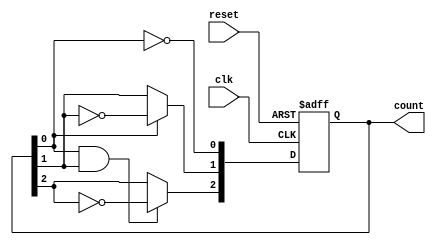
module ripple_counter (
    input wire clk,          // Clock signal
    input wire reset,        // Asynchronous reset
    output reg [2:0] count   // 3-bit counter output
);

// Always block to handle asynchronous reset and counting
always @(posedge clk or posedge reset) begin
    if (reset) begin
        count <= 3'b000;     // Reset count to 0 when reset is asserted
    end else begin
        count[0] <= ~count[0]; // Toggle first bit
        count[1] <= count[0] ? ~count[1] : count[1]; // Toggle second bit on count[0] rising edge
        count[2] <= (count[0] && count[1]) ? ~count[2] : count[2]; // Toggle third bit on rising edge of count[1] when count[0] is high
    end
end

endmodule